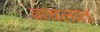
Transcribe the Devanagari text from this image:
वाचलात